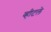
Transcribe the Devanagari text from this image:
व्हीटले